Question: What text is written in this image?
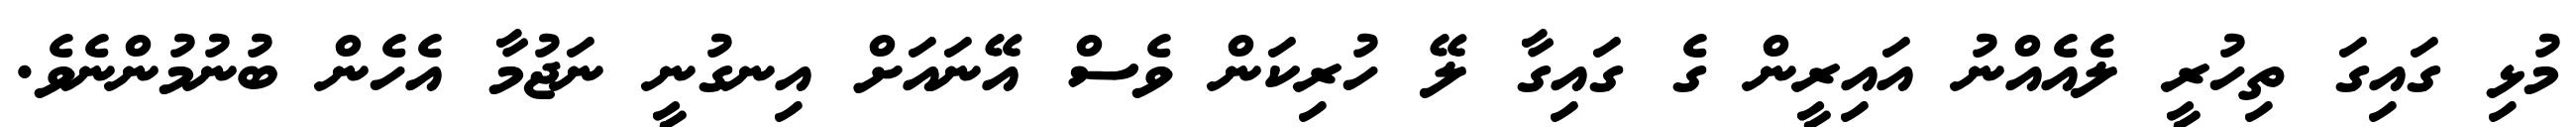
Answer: މުޅި ގައިގަ ތިހުރީ ލެއެއްނު އައިރީން ގެ ގައިގާ ލޭ ހުރިކަން ވެސް އޭނައަށް އިނގުނީ ނަޖުމާ އެހެން ބުނުމުންނެވެ.